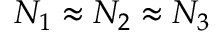
N _ { 1 } \approx N _ { 2 } \approx N _ { 3 }